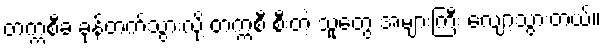
တက္ကစီခ ခုန်တက်သွားလို့ တက္ကစီ စီးတဲ့ သူတွေ အများကြီး လျော့သွားတယ်။